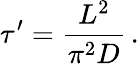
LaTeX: \tau^{\prime}=\frac{L^{2}}{\pi^{2}D}\, .